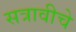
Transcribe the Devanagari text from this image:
सत्रावीचे